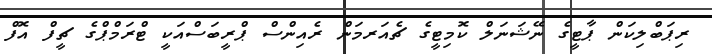
ރިޕަބްލިކަން ޕާޓީގެ ނޭޝަނަލް ކޮމިޓީގެ ޗެއަރމަން ރެއިންސް ޕްރީބަސްއަކީ ޓްރަމްޕްގެ ޗީފް އޮފް